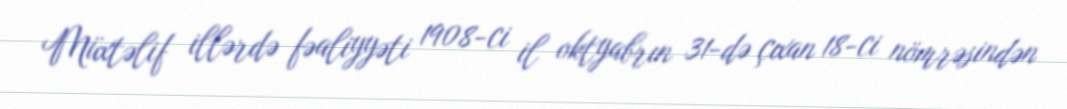
Müxtəlif illərdə fəaliyyəti 1908-ci il oktyabrın 31-də çıxan 18-ci nömrəsindən